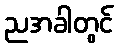
ညအခါတွင်